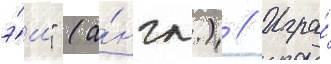
э́ш" (а́нгл.) // Игра́